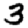
Digit: 3